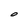
Character: O